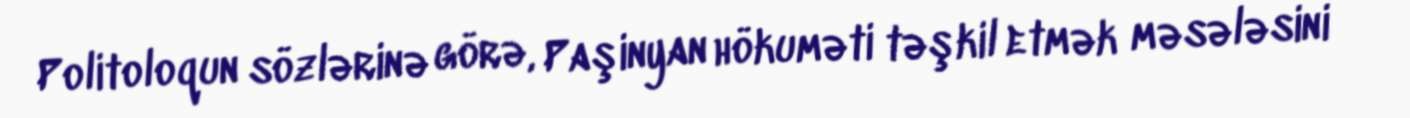
Politoloqun sözlərinə görə, Paşinyan hökuməti təşkil etmək məsələsini